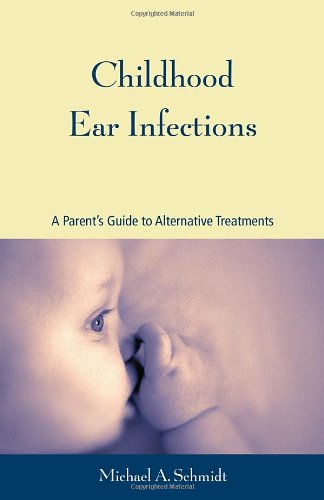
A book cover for Childhood Ear Infections: A Parent's Guide to Alternative Treatments; Michael A. Schmidt Ph.D; Health, Fitness & Dieting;